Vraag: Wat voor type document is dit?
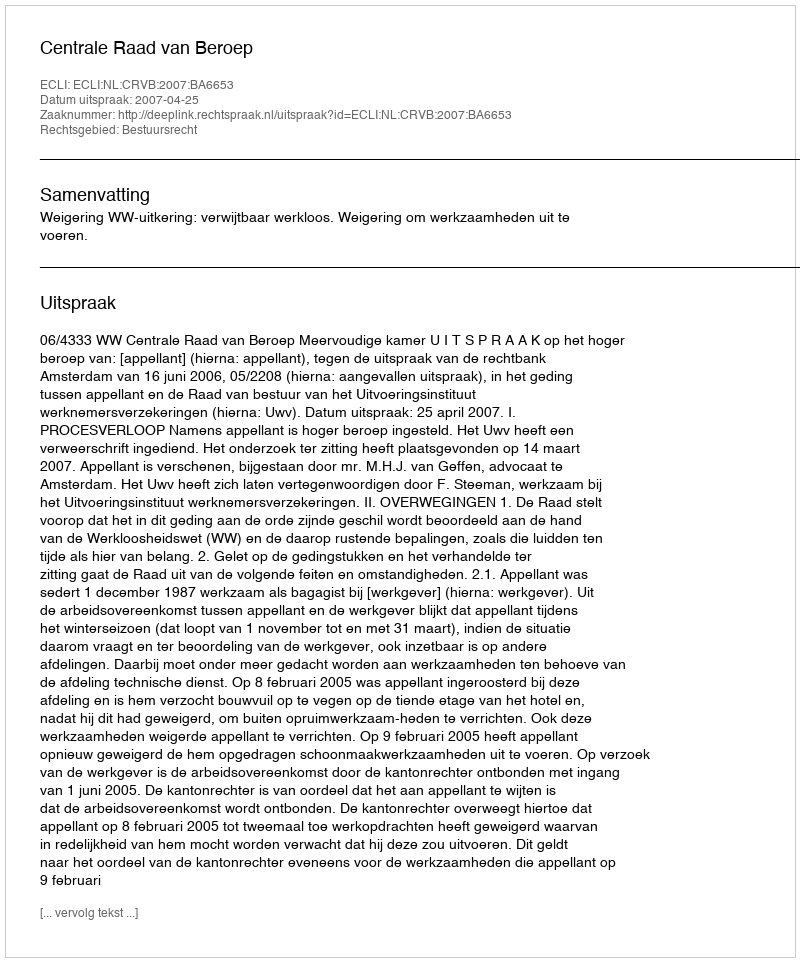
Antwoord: Uitspraak